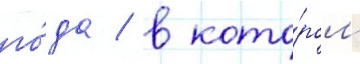
го́да / в кото́ром